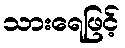
သားရေဖြင့်